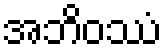
အဘိဝဿံ